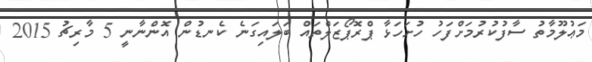
މަޢުލޫމާތު ސާފުކުރުމަށްފަހު ހުށަހަޅާ ޕްރޮޕޯޒަލްތައް ބަލައިގަނެ ކެނޑުން އޮންނާނީ 5 މާރިޗު 2015